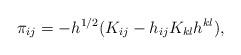
LaTeX: \begin{align*}\pi_{ij} = - h^{1/2} ( K_{ij} - h_{ij} K_{kl} h^{kl} ),\end{align*}